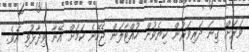
ވަރަށް ގިނަ ދަރިވަރުން ކިޔެވުން ހުއްޓާލަން ޖެހޭނެ ކަމަށް އޭނާ ވިދާޅުވި އެވެ.